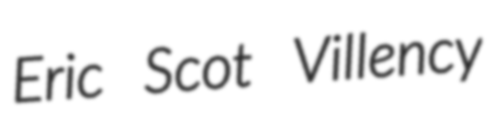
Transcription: Eric Scot Villency